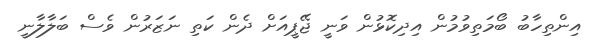
އިންތިހާބު ބޯމަތިވުމުން އިދިކޮޅުން ވަނީ ޖޭޕީއަށް ދެން ކަތި ނަޒަރުން ވެސް ބަލާލާނީ